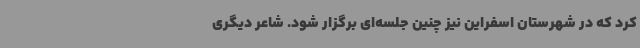
کرد که در شهرستان اسفراین نیز چنین جلسه‌ای برگزار شود. شاعر دیگری